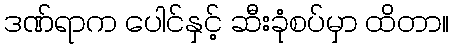
ဒဏ်ရာက ပေါင်နှင့် ဆီးခုံစပ်မှာ ထိတာ။